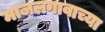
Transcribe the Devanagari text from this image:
माजलगावाच्या